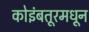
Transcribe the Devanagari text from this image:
कोइंबतूरमधून